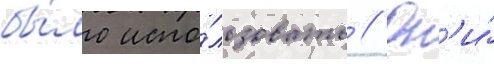
бы́ло испо́льзовать // Он'и́